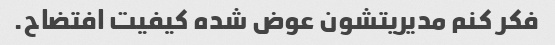
فکر کنم مدیریتشون عوض شده کیفیت افتضاح.